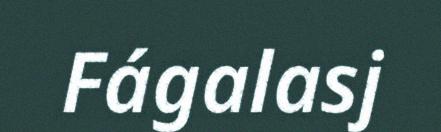
Fágalasj